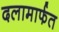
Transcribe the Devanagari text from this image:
दलामार्फत